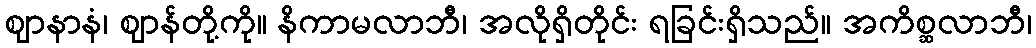
ဈာနာနံ၊ ဈာန်တို့ကို။ နိကာမလာဘီ၊ အလိုရှိတိုင်း ရခြင်းရှိသည်။ အကိစ္ဆလာဘီ၊